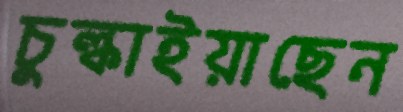
চুল্‌কাইয়াছেন